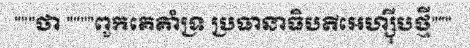
"""ថា """"ពួកគេគាំទ្រ ប្រធានាធិបតីអេហ្ស៊ីបថ្មី"""